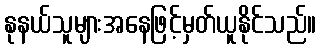
နုနယ်သူများအနေဖြင့်မှတ်ယူနိုင်သည်။